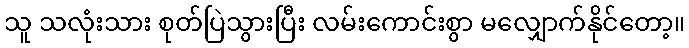
သူ သလုံးသား စုတ်ပြဲသွားပြီး လမ်းကောင်းစွာ မလျှောက်နိုင်တော့။